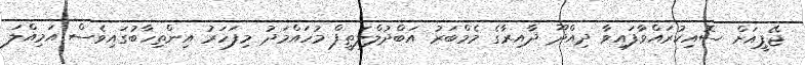
ޖޭޕީއަށް ސޮއިކުރައްވާފައިވާ ދިއްދޫ ދާއިރާގެ މެމްބަރު އަބްދުލްލަތީފް މުހައްމަދު މިފަހަރު އިންތިހާބުގައިވެސް އަމިއްލަ